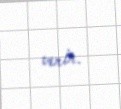
verir.